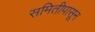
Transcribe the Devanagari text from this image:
समितीपासून